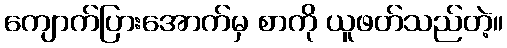
ကျောက်ပြားအောက်မှ စာကို ယူဖတ်သည်တဲ့။